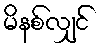
မိနစ်လျှင်